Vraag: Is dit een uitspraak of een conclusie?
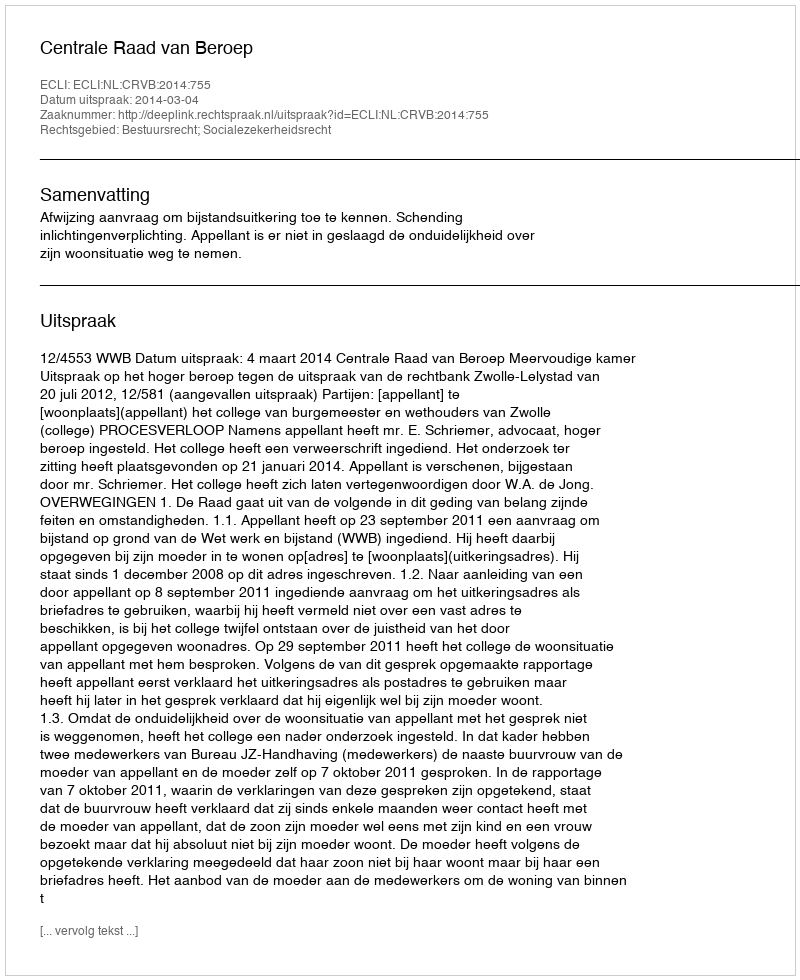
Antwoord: Uitspraak